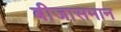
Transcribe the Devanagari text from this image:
बीजासमान